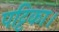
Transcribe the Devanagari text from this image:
पट्टिका।